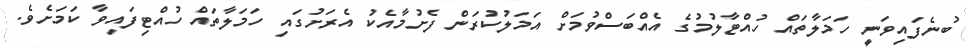
ބުނެފައިވަނީ ހަމަލާތައް ހުއްޓާލުމުގެ އެއްބަސްވުމަށް އަމަލުކުރަން ފެށުމާއެކު އެރަށުގައި ހަމަލާތައް ހުއްޓިފައިވާ ކަމަށެވެ.